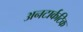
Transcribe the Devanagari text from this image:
अनटार्कटिक